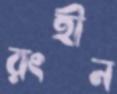
রংহীন